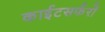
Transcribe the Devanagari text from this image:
काईटसर्फरों